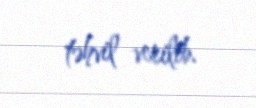
təhvil verilib.